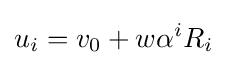
u_{i}=v_{0}+w\alpha ^{i}R_{i}